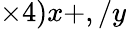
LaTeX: \times 4)x+,/y